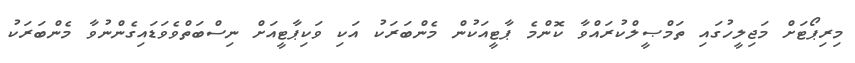
މިރިޕޯޓަށް މަޖިލީހުގައި ތަމްޞީލްކުރައްވާ ކޮންމެ ޕާޓީއަކުން މެންބަރަކު އަކި ވަކިޕާޓީއަށް ނިސްބަތްވެވަޑައިގެންނުވާ މެންބަރަކު